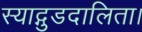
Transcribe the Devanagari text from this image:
स्याद्गुडदालिता।